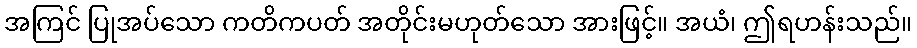
အကြင် ပြုအပ်သော ကတိကပတ် အတိုင်းမဟုတ်သော အားဖြင့်။ အယံ၊ ဤရဟန်းသည်။